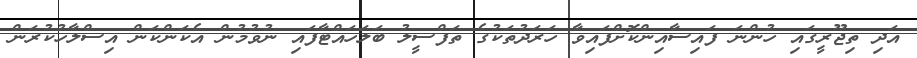
އަދި ތިޖޫރީގައި ހުންނަ ފައިސާއިންކޮށްފައިވާ ހަރަދުތަކުގެ ތަފްސީލު ބަލަހައްޓާފައި ނުވުމުން އެކަންކަން އިސްލާހުކުރަން